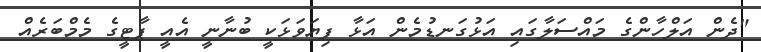
"ދެން އަލްހާންގެ މައްސަލާގައި އަޅުގަނޑުމެން އަޅާ ފިޔަވަޅަކީ ބުނާނީ އެއީ ޕާޓީގެ މެމްބަރެއް